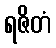
ရဇိတံ